Calcutta medical institutions reports 1871-78
Year: 1871
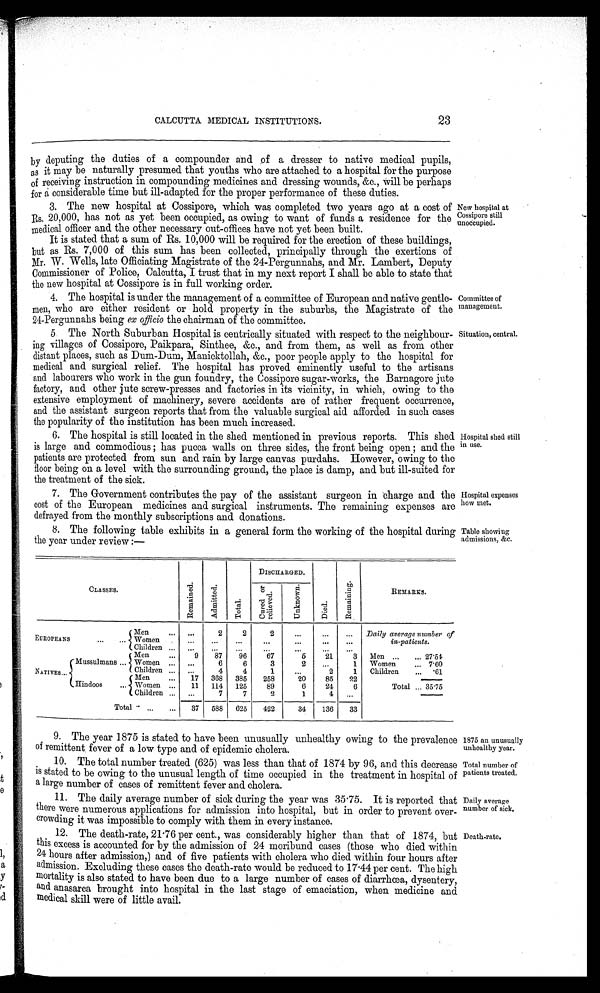
23
CALCUTTA MEDICAL INSTITUTIONS.
by deputing the duties of a compounder and of a dresser to native medical pupils,
as it may be naturally presumed that youths who are attached to a hospital for the purpose
of receiving instruction in compounding medicines and dressing wounds, &c., will be perhaps
f o r a c o n s i d e r a b l e t i m e b u t i l l - a d a p t e d f o r t h e p r o p e r p e r f o r m a n c e o f t h e s e d u t i e s .
3. The new hospital at Cossipore, which was completed two years ago at a cost of
Rs. 20,000, has not as yet been occupied, as owing to want of funds a residence for the
medical officer and the other necessary out-offices have not yet been built.
New hospital at
c o s s i p o r e s t i l l u n o c c u p i e d .
It is stated that a sum of Rs. 10,000 will be required for the erection of these buildings,
but as Rs. 7,000 of this sum has been collected, principally through the exertions of
M r . W . W e l l s , l a t e O f f i c i a t i n g M a g i s t r a t e o f t h e 2 4 - P e r g u n n a h s , a n d M r . L a m b e r t , D e p u t y
Commissioner of Police, Calcutta, I trust that in my next report I shall be able to state that
the new hospital at Cossipore is in full working order.
4. The hospital is under the management of a committee of European and native gentle-
men, who are either resident or hold property in the suburbs, the Magistrate of the
24-Pergunnahs being ex officio the chairman of the committee.
Committee of
management.
5. The North Suburban Hospital is centrically situated with respect to the neighbour-
ing villages of Cossipore, Paikpara, Sinthee, &c., and from them, as well as from other
distant places, such as Dum-Dum, Manicktollah, &c., poor people apply to the hospital for
medical and surgical relief. The hospital has proved eminently useful to the artisans
and labourers who work in the gun foundry, the Cossipore sugar-works, the Barnagore jute
factory, and other jute screw-presses and factories in its vicinity, in which, owing to the
extensive employment of machinery, severe accidents are of rather frequent occurrence,
and the assistant surgeon reports that from the valuable surgical aid afforded in such cases
the popularity of the institution has been much increased.
Situation, central.
6. The hospital is still located in the shed mentioned in previous reports. This shed
is large and commodious; has pucca walls on three sides, the front being open; and the
patients are protected from sun and rain by large canvas purdahs. However, owing to the
floor being on a level with the surrounding ground, the place is damp, and but ill-suited for
the treatment of the sick.
Hospital shed still
in use.
7.
The Government contributes the pay of the assistant surgeon in charge and the
cost of the European medicines and surgical instruments. The remaining expenses are
defrayed from the monthly subscriptions and donations.
Hospital expenses
how met
.
8. The following table exhibits in a general form the working of the hospital during
the year under review:—
Table showing
admissions, &c.
CLASSES.
R e m a i n e d .
A d m i t t e d .
T o t a l .
D I S C H A R G E D .
D i e d .
R e m a i n i n g .
REMARKS.
C u r e d o r
r e l i e v e d .
U n k n o w n .
E U R O P E A N
Men
2 2
2
Daily average number of
Women
in-patients.
Children
Men
9 87 96 67
5 21 3 Men 2 7 · 5 4
NATIVES
Mussulmans
W o m a n
6 6
3
2
1 Women
7 · 6 0
C h i l d r e n
4 4
1
2 1 Children ·61
Men
17 368 385 258
20 85 22
Hindoos
Women
11 114 125 89
6 24 6
T o t a l 3 5 · 7 5
Children
7 7
2
1
4
Total
37 588 625 422
3 4 136 33
9. The year 1875 is stated to have been unusually unhealthy owing to the prevalence
of remittent fever of a low type and of epidemic cholera.
1875 an unusually
unhealthy year.
10. The total number treated (625) was less than that of 1874 by 96, and this decrease
is stated to be owing to the unusual length of time occupied in the treatment in hospital of
a large number of cases of remittent fever and cholera.
Total number of
patients treated
.
11. The daily average number of sick during the year was 35·75. It is reported that
there were numerous applications for admission into hospital, but in order to prevent over-
crowding it was impossible to comply with them in every instance.
D
aily average
number of sick.
12. The death-rate, 21·76 per cent., was considerably higher than that of 1874, but
this excess is accounted for by the admission of 24 moribund cases (those who died within
24 hours after admission,) and of five patients with cholera who died within four hours after
admission. Excluding these cases the death-rate would be reduced to 17·44 per cent. The high
mortality is also stated to have been due to a large number of cases of diarrhœa, dysentery,
and anasarca brought into hospital in the last stage of emaciation, when medicine and
medical skill were of little avail.
Death-rate
.